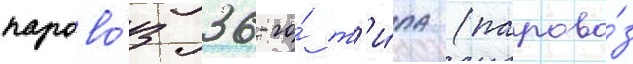
парово́з 36-го́ т'и́па (парово́з